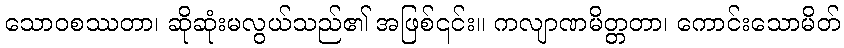
သောဝစဿတာ၊ ဆိုဆုံးမလွယ်သည်၏ အဖြစ်၎င်း။ ကလျာဏမိတ္တတာ၊ ကောင်းသောမိတ်